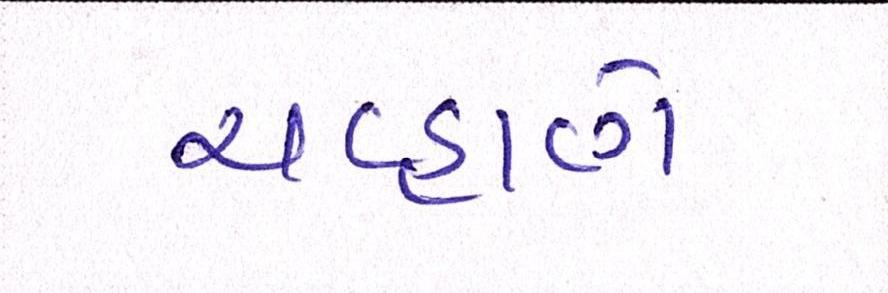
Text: ચવ્હાણે